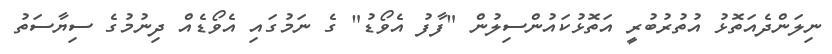
ނިލަންދެއަތޮޅު އުތުރުބުރީ އަތޮޅުކައުންސިލުން "ފާފު އެވޯޑު" ގެ ނަމުގައި އެވޯޑެއް ދިނުމުގެ ސިޔާސަތު